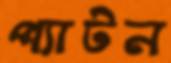
প্যাটন